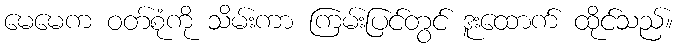
မေမေက ဝတ်စုံကို သိမ်းကာ ကြမ်းပြင်တွင် ဒူးထောက် ထိုင်သည်။